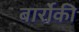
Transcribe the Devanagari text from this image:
बार्रोकी